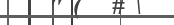
٢٥